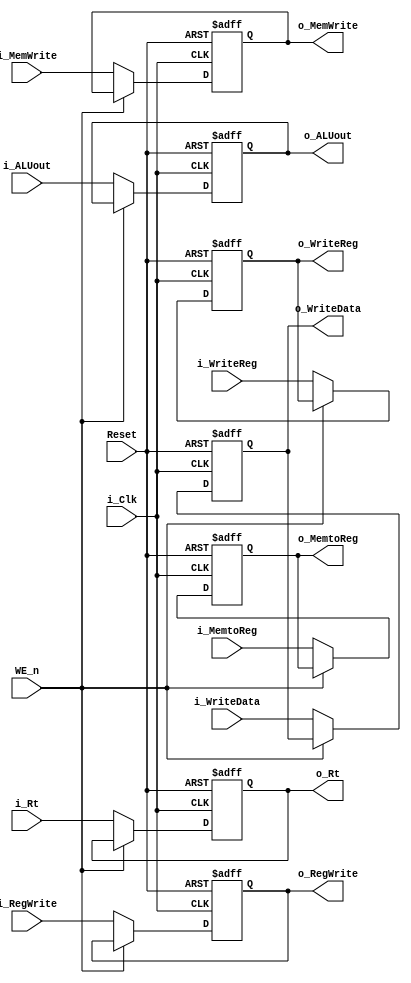

module RegisterE (
	input Reset,
	input WE_n,
	input i_Clk,
	input [31:0] i_ALUout,
	input [31:0] i_WriteData,
	input [4:0] i_WriteReg,
	input i_RegWrite, i_MemWrite,
	input [1:0] i_MemtoReg,
	input [4:0] i_Rt,
	output reg [31:0] o_ALUout,
	output reg [31:0] o_WriteData,
	output reg [4:0] o_WriteReg,
	output reg o_RegWrite, o_MemWrite,
	output reg [1:0] o_MemtoReg,
	output reg [4:0] o_Rt
);

always @(posedge i_Clk, negedge Reset) begin 
	if (~Reset) o_ALUout <= 0;
	else if (~WE_n) o_ALUout <= i_ALUout;
end

always @(posedge i_Clk, negedge Reset) begin 
	if (~Reset) o_WriteData <= 0;
	else if (~WE_n) o_WriteData <= i_WriteData;
end

always @(posedge i_Clk, negedge Reset) begin 
	if (~Reset) o_WriteReg <= 0;
	else if (~WE_n) o_WriteReg <= i_WriteReg;
end

always @(posedge i_Clk, negedge Reset) begin 
	if (~Reset) o_RegWrite <= 0;
	else if (~WE_n) o_RegWrite <= i_RegWrite;
end

always @(posedge i_Clk, negedge Reset) begin
	if (~Reset) o_MemtoReg <= 0;
	else if (~WE_n) o_MemtoReg <= i_MemtoReg;
end

always @(posedge i_Clk, negedge Reset) begin 
	if (~Reset) o_MemWrite <= 0;
	else if (~WE_n) o_MemWrite <= i_MemWrite;
end

always @(posedge i_Clk, negedge Reset) begin 
	if (~Reset) o_Rt <= 0;
	else if (~WE_n) o_Rt <= i_Rt;
end

endmodule